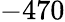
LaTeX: -470